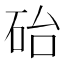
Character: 𪿘